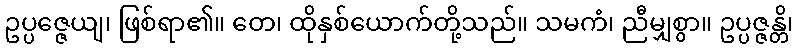
ဥပ္ပဇ္ဇေယျ၊ ဖြစ်ရာ၏။ တေ၊ ထိုနှစ်ယောက်တို့သည်။ သမကံ၊ ညီမျှစွာ။ ဥပ္ပဇ္ဇန္တိ၊